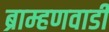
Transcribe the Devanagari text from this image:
ब्राम्हणवाडी